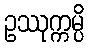
ဥဿုက္ကမ္ပိ